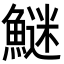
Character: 𩺍